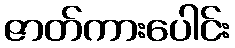
ဇာတ်ကားပေါင်း